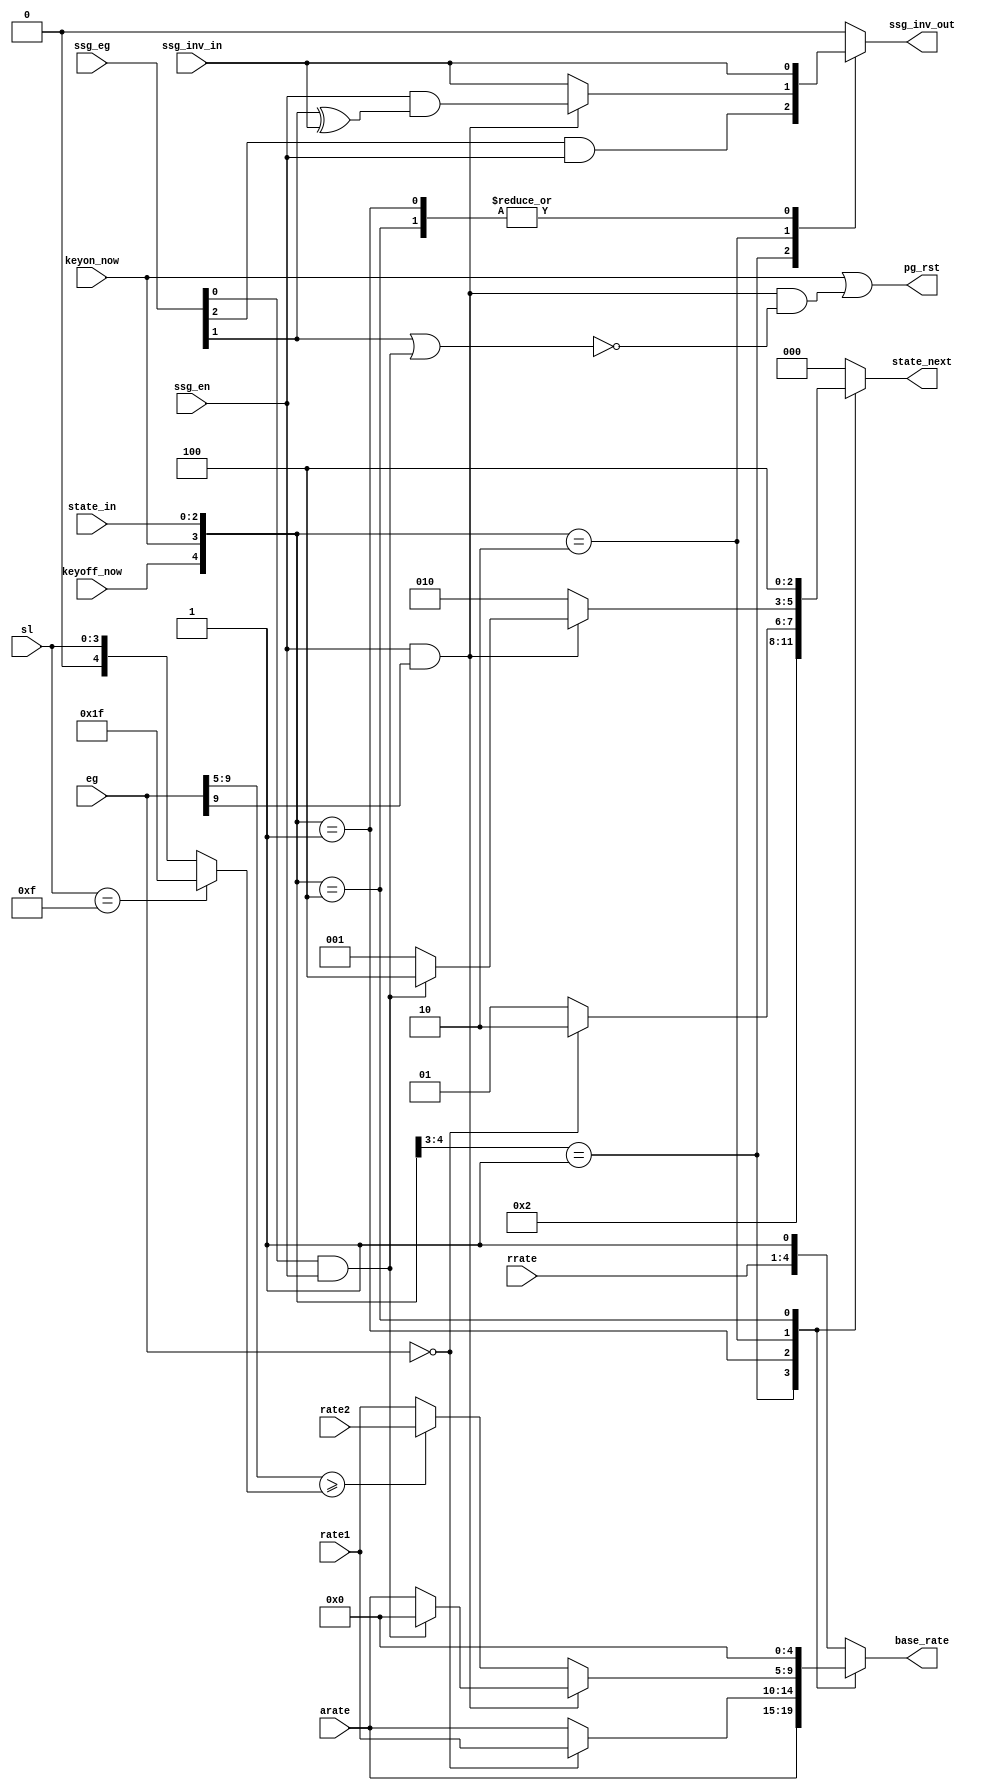
module jt12_eg_ctrl(
	input				keyon_now,
	input				keyoff_now,
	input		[2:0]	state_in,
	input		[9:0]	eg,
	// envelope configuration
	input		[4:0]	arate, // attack  rate
	input		[4:0]	rate1, // decay   rate
	input		[4:0]	rate2, // sustain rate
	input		[3:0]	rrate,
	input		[3:0]	sl,   // sustain level
	// SSG operation
	input				ssg_en,
	input		[2:0]	ssg_eg,
	// SSG output inversion
	input				ssg_inv_in,
	output reg			ssg_inv_out,

	output reg	[4:0]	base_rate,
	output reg	[2:0]	state_next,
	output reg			pg_rst
);

localparam 	ATTACK = 3'b001,
			DECAY  = 3'b010,
			HOLD   = 3'b100,
			RELEASE= 3'b000; // default state is release

// wire is_decaying = state_in[1] | state_in[2];

reg		[4:0]	sustain;

always @(*)
	if( sl == 4'd15 )
		sustain = 5'h1f; // 93dB
	else
		sustain = {1'b0, sl};

wire	ssg_en_out;
reg		ssg_en_in, ssg_pg_rst;

// aliases
wire ssg_att  = ssg_eg[2];
wire ssg_alt  = ssg_eg[1];
wire ssg_hold = ssg_eg[0] & ssg_en;

reg ssg_over;


always @(*) begin
	ssg_over = ssg_en && eg[9]; // eg >=10'h200
	ssg_pg_rst = ssg_over && !( ssg_alt || ssg_hold );
	pg_rst = keyon_now | ssg_pg_rst;
end

always @(*)
	casez ( { keyoff_now, keyon_now, state_in} )
		5'b01_???: begin // key on
			base_rate	= arate;
			state_next	= ATTACK;
			ssg_inv_out	= ssg_att & ssg_en;
		end
		{2'b00, ATTACK}:
			if( eg==10'd0 ) begin
				base_rate	= rate1;
				state_next	= DECAY;
				ssg_inv_out	= ssg_inv_in;
			end
			else begin
				base_rate	= arate;
				state_next	= ATTACK;
				ssg_inv_out	= ssg_inv_in;
			end
		{2'b00, DECAY}: begin
			if( ssg_over ) begin
				base_rate	= ssg_hold ? 5'd0 : arate;
				state_next	= ssg_hold ? HOLD : ATTACK;
				ssg_inv_out	= ssg_en & (ssg_alt ^ ssg_inv_in);
			end
			else begin
				base_rate	=  eg[9:5] >= sustain ? rate2 : rate1; // equal comparison according to Nuke
				state_next	= DECAY;
				ssg_inv_out = ssg_inv_in;
			end
		end
		{2'b00, HOLD}: begin
			base_rate	= 5'd0;
			state_next	= HOLD;
			ssg_inv_out	= ssg_inv_in;
		end
		default: begin // RELEASE, note that keyoff_now==1 will enter this state too
			base_rate	= { rrate, 1'b1 };
			state_next	= RELEASE;	// release
			ssg_inv_out	= 1'b0; // this can produce a glitch in the output
				// But to release from SSG cannot be done nicely while
				// inverting the ouput
		end
	endcase


endmodule